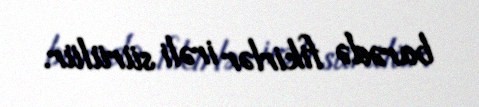
barədə fikirlər irəli sürülür.